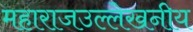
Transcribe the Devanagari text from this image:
महाराजउल्लेखनीय